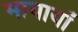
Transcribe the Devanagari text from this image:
मायायाँ